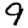
Digit: 9